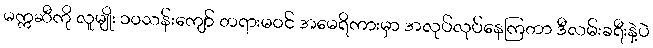
မက္ကဆီကို လူမျိုး ၁၀သန်းကျော် တရားမဝင် အမေရိကားမှာ အလုပ်လုပ်နေကြတာ ဒီလမ်းခရီးနဲ့ပဲ